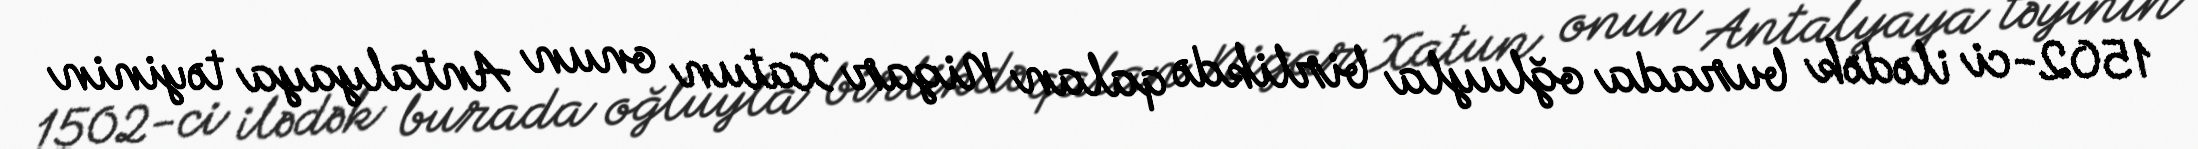
1502-ci ilədək burada oğluyla birlikdə qalan Nigar Xatun onun Antalyaya təyinin